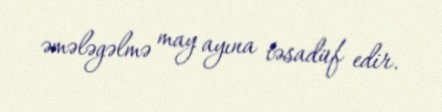
əmələgəlmə may ayına təsadüf edir.